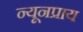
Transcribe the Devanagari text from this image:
न्यूनप्राय